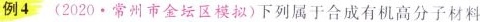
例4 (2020.常州市金坛区模拟)下列属于合成有机高分子材料